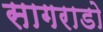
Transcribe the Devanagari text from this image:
सागराडो